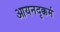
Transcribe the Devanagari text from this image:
आयनदृक्कर्म